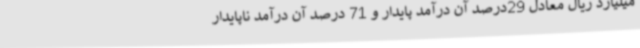
میلیارد ریال معادل 29درصد آن درآمد پایدار و 71 درصد آن درآمد ناپایدار